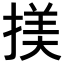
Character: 𢱒